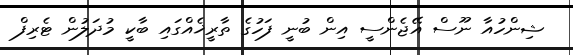
ޝިންހުއާ ނޫސް އޭޖެންސީ އިން ބުނީ ފަހުގެ ތާރީޚެއްގައި ބާކީ މުދަލުން ޓެރިފް